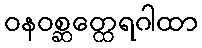
ဝနဝစ္ဆတ္ထေရဂါထာ